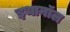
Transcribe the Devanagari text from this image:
इथानॉल